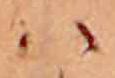
ハ